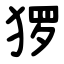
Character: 猡